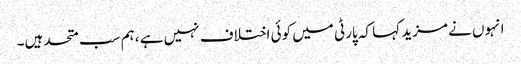
انہوں نے مزید کہا کہ پارٹی میں کوئی اختلاف نہیں ہے ،ہم سب متحد ہیں۔